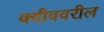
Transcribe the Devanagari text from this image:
क्यीववरील